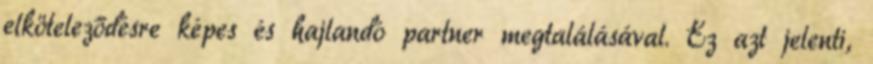
elköteleződésre képes és hajlandó partner megtalálásával. Ez azt jelenti,